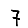
Digit: 7